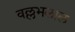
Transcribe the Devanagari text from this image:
वल्लभलाल